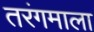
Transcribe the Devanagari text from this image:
तरंगमाला